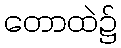
တောထဲ၌